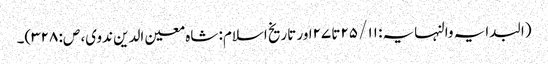
(البدایہ والنہایہ: ۱۱/ ۲۵تا ۲۷اور تاریخ اسلام: شاہ معین الدین ندوی، ص: ۳۲۸)۔